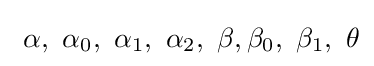
\ \alpha ,\ \alpha _{0},\ \alpha _{1},\ \alpha _{2},\ \beta ,\beta _{0},\ \beta _{1},\ \theta